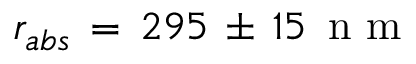
r _ { a b s } \, = \, 2 9 5 \, \pm \, 1 5 \, \mathrm { ~ n ~ m ~ }